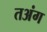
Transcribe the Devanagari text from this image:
तअंग